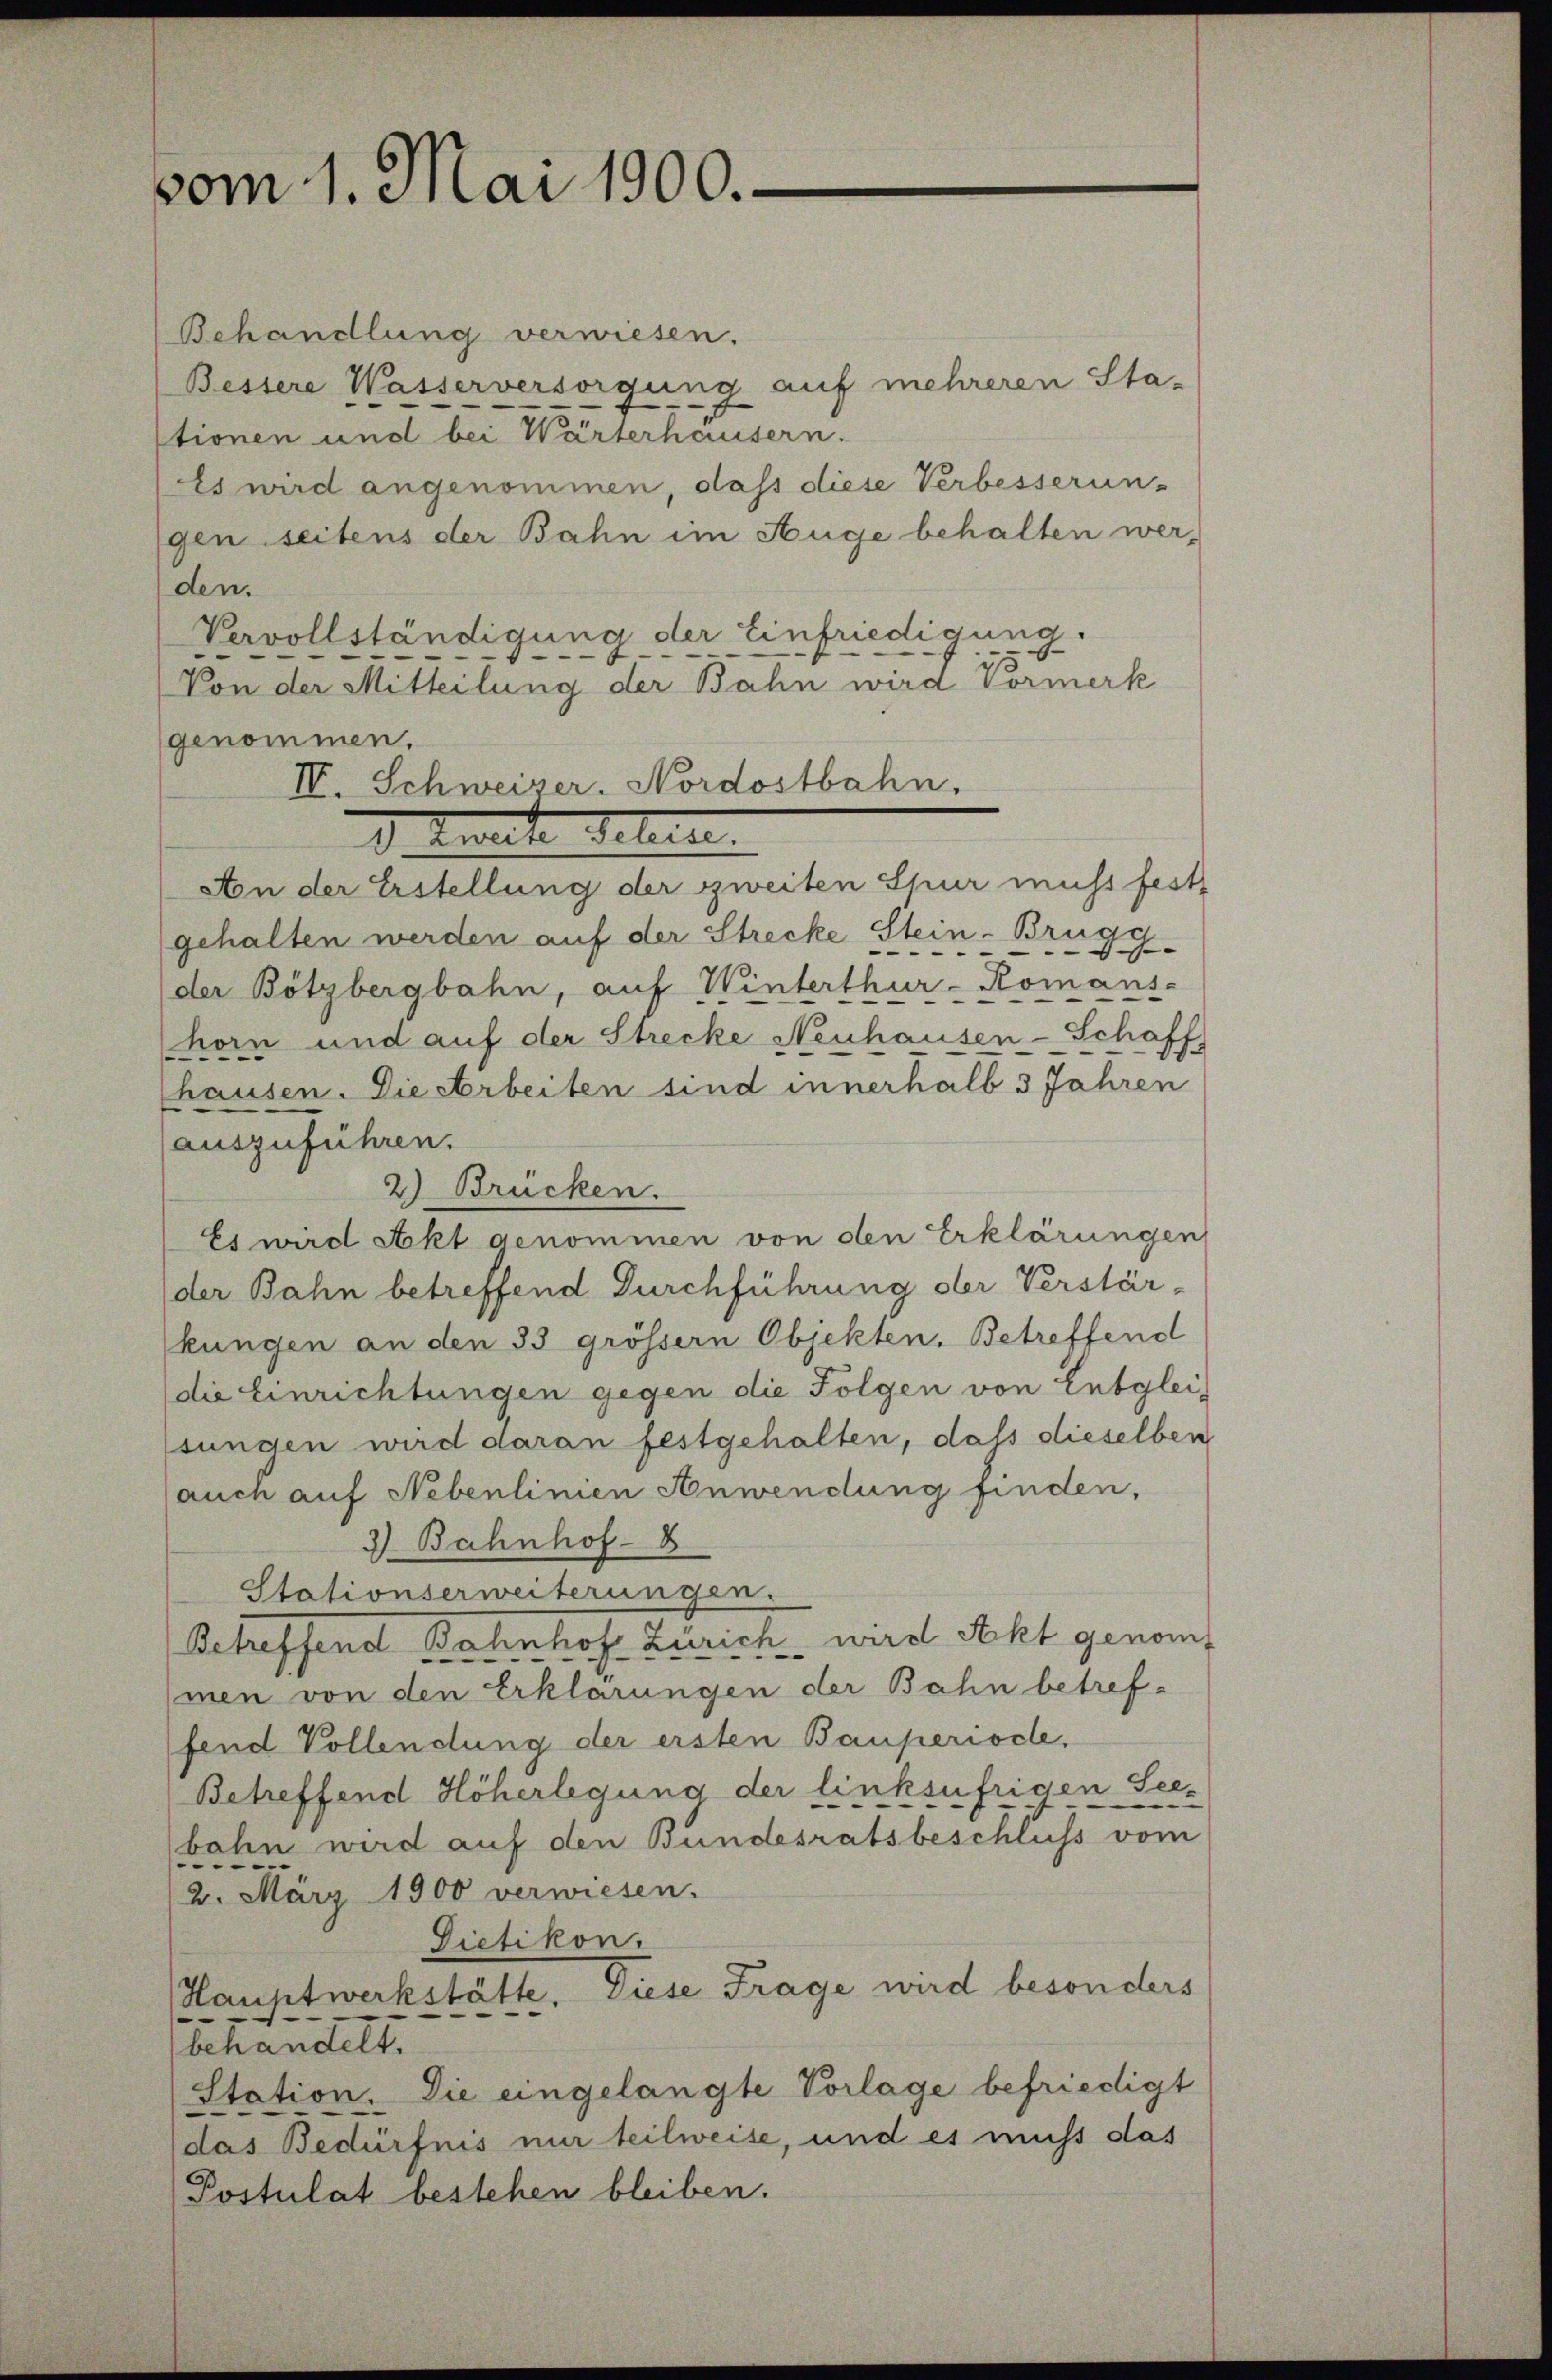
vom 1. Mai 1900.

Behandlung verwiesen.
Bessere Wasserversorgung auf mehreren Sta-
tionen und bei Wärterhausern.
Es wird angenommen, dass diese Verbesserun-
gen seitens der Bahn im Auge behalten werden.
Vervollständigung der Einfriedigung.
Von der Mitteilung der Bahn wird Vormerk
genommen.
d. Kalte Geleite
Aon der Erstellung der zweiten Spur muss fest
gehalten werden auf der Strecke Stein-Brugy.
der Bötzbergbahn, auf Winterthur-Komans-
horn und auf der Strecke Neuhausen-Schaff
hausen. Die Arbeiten sind innerhalb 3 Jahren
auszuführen.
2) Brücken.
Es wird Akt genommen von den Erklärungen
der Bahn betreffend Durchführung der Verstärkungen an den 33 grössern Objekten. Betreffend
die Einrichtungen gegen die Folgen von Entgleisungen wird daran festgehalten, dass dieselben
auch auf Nebenlinien Anwendung finden,
2) Bahnhof - 8
Stationserweiterungen.
Betreffend Bahnhof Zürich wird Akt genom
men von den Erklärungen der Bahn betreffend Vollendung der ersten Bauperiode,
Betreffend Höherlegung der linksufrigen Seebahn wird auf den Bundesratsbeschluss vom
2. März 1900 verwiesen.
Dietikon.
Hauptwerkstätte, diese Frage wird besonders
behandelt.
Station. Die eingelangte Vorlage befriedigt
(das Bedürfnis nur teilweise, und es muss das
Postulat bestehen bleiben.

IV. Schweizer. Nordostbahn,